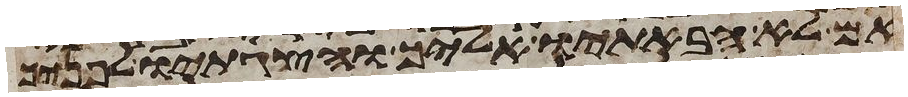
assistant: אם לא הבאתיו אליך והצגתיו לפניך